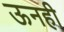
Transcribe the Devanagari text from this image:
ऊनही